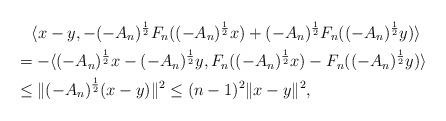
LaTeX: \begin{align*} &\quad\langle x-y,-(-A_n)^{\frac12}F_n((-A_n)^{\frac12}x)+(-A_n)^{\frac12}F_n((-A_n)^{\frac12}y)\rangle\\ &= -\langle (-A_n)^{\frac12}x-(-A_n)^{\frac12}y,F_n((-A_n)^{\frac12}x)-F_n((-A_n)^{\frac12}y)\rangle\\ &\le \|(-A_n)^{\frac12}(x-y)\|^2\le (n-1)^2\|x-y\|^2, \end{align*}